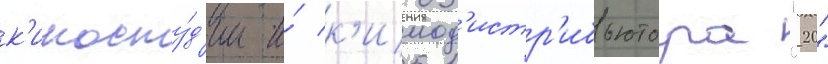
к'иносту́д'ии и́ к'инод'истр'ибьютора "20"